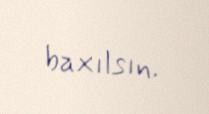
baxılsın.